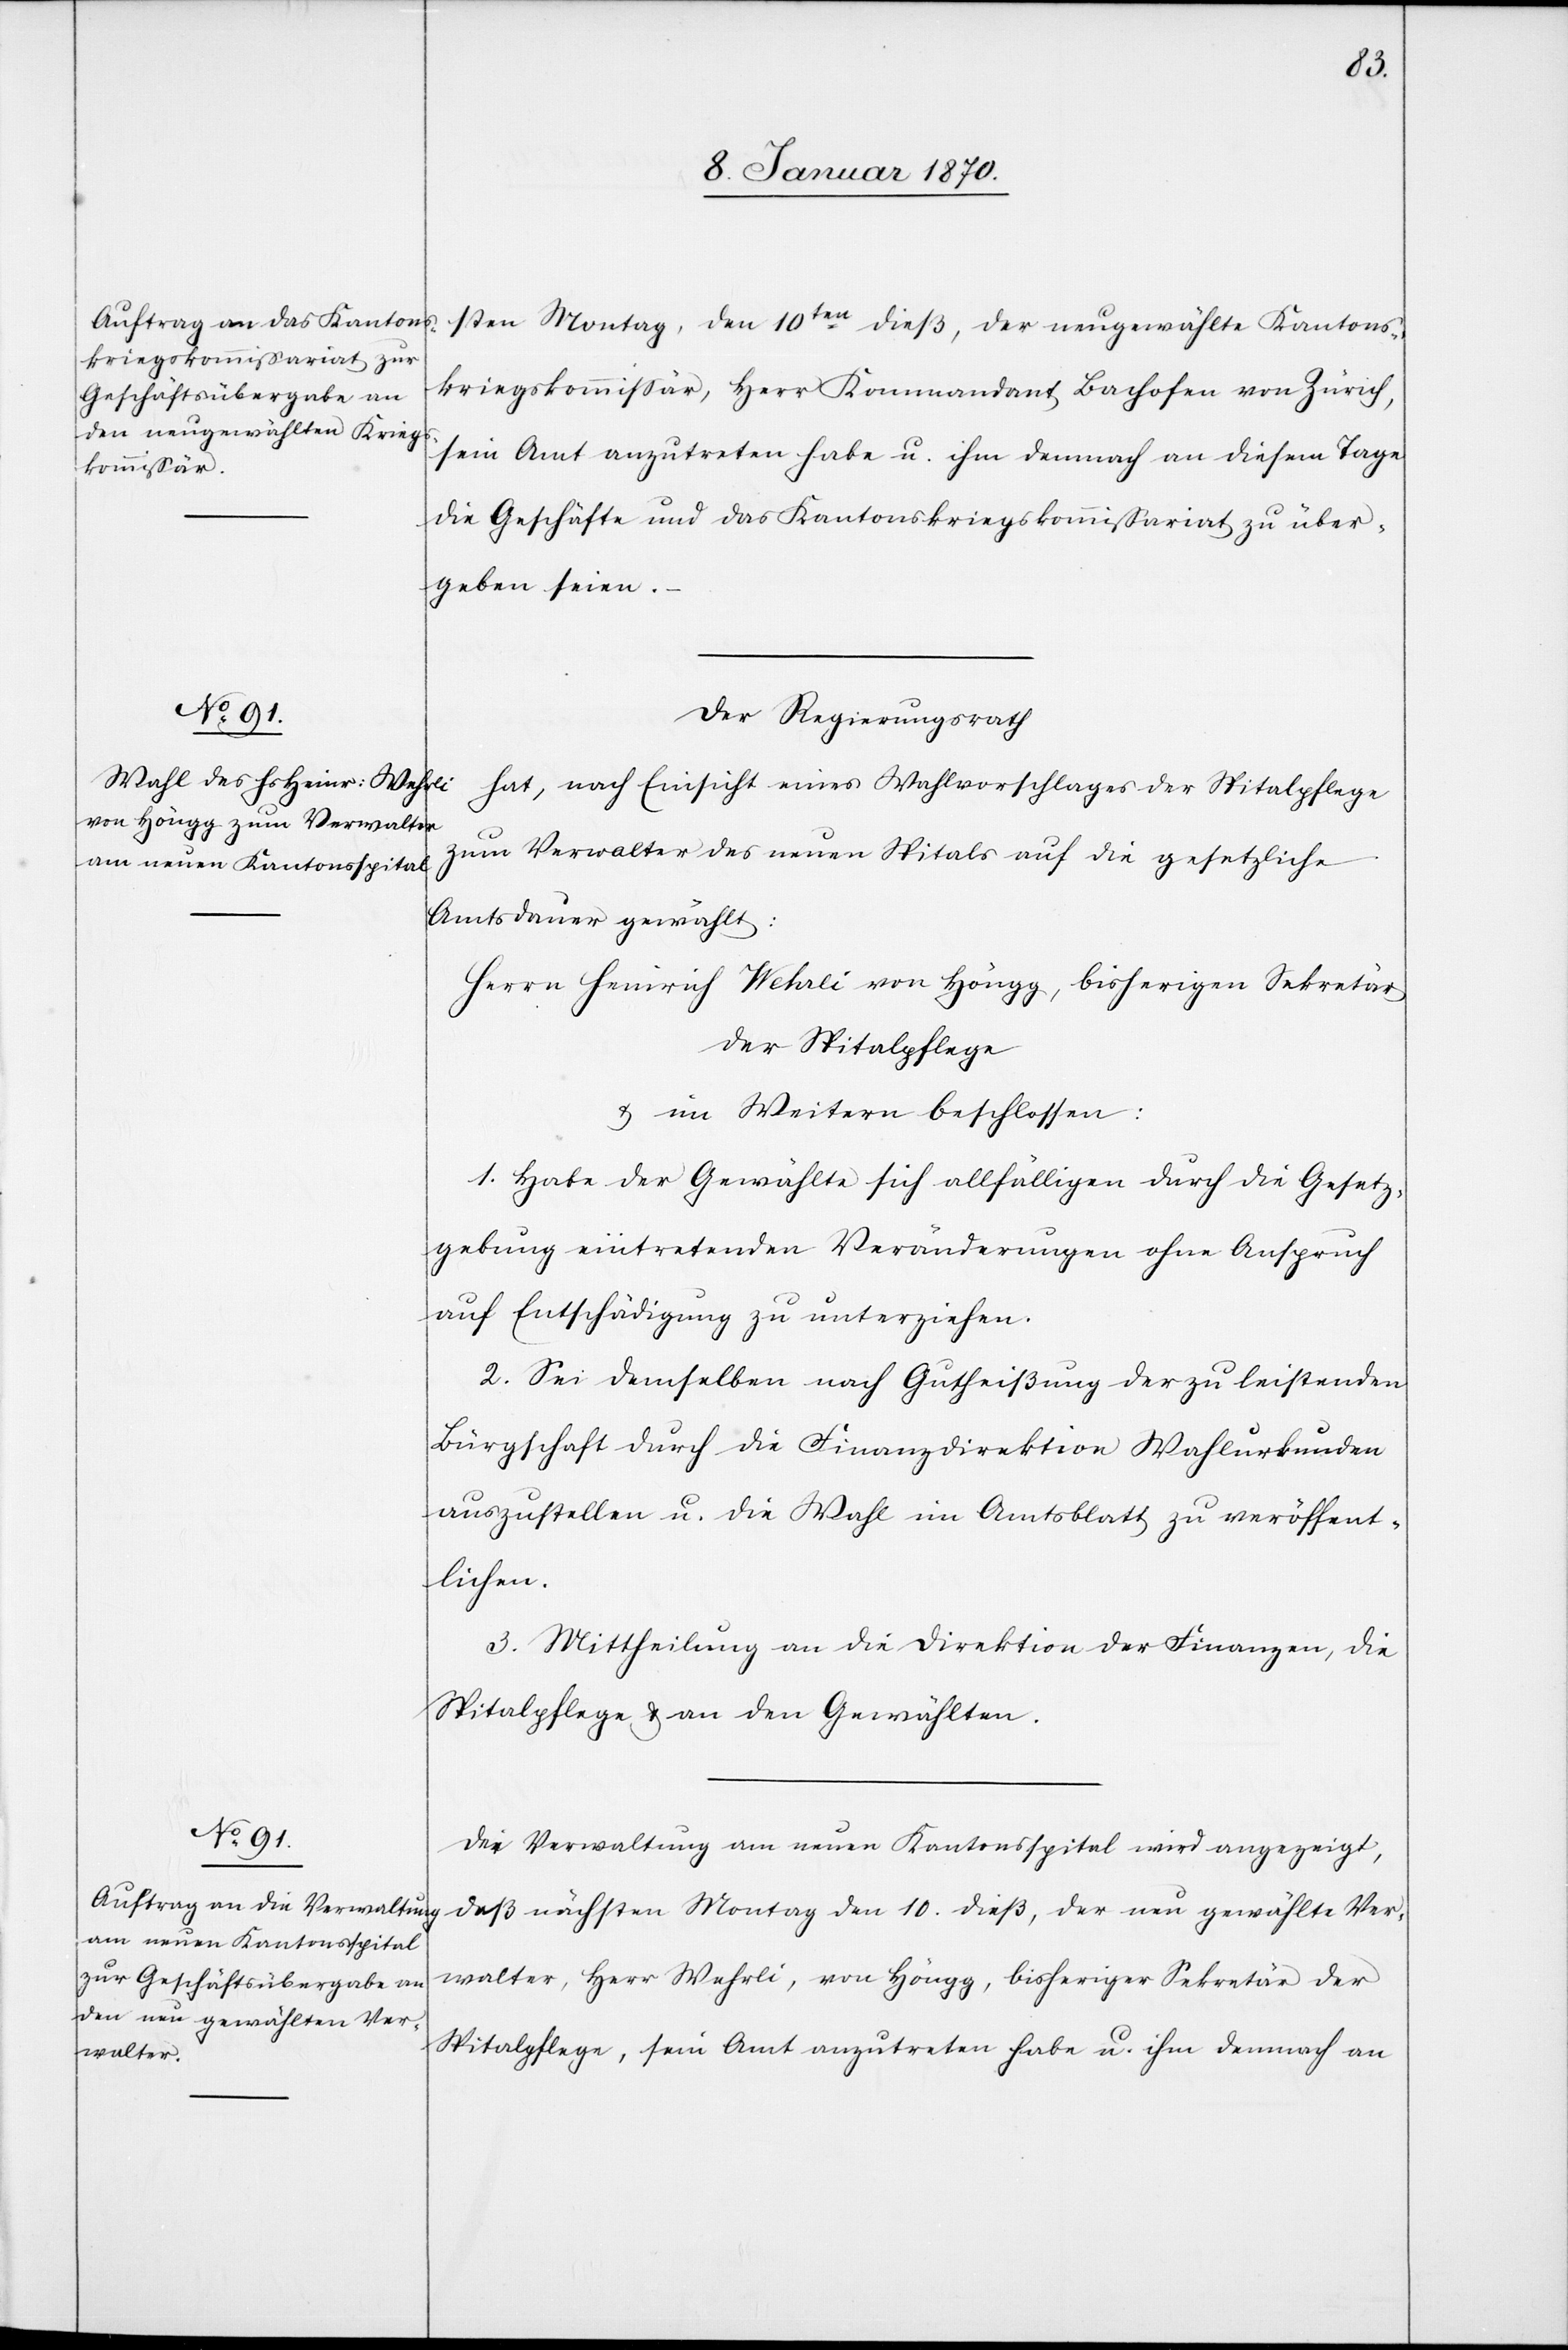
sten Montag, den 10ten dieß, der neugewählte Kantons¬
kriegskommissär, Herr Kommandant Bachofen von Zürich,
sein Amt anzutreten habe u. ihm demnach an diesem Tage
die Geschäfte und das Kantonskriegskommissariat zu über¬
geben seien.
Der Regierungsrath
hat, nach Einsicht eines Wahlvorschlages der Spitalpflege
zum Verwalter des neuen Spitals auf die gesetzliche
Amtsdauer gewählt:
Herrn Heinrich Wehrli von Höngg, bisherigen Sekretär
der Spitalpflege
u. im Weitern beschlossen:
1. Habe der Gewählte sich allfälligen durch die Gesetz¬
gebung eintretenden Veränderungen ohne Anspruch
auf Entschädigung zu unterziehen.
2. Sei demselben nach Gutheißung der zu leistenden
Bürgschaft durch die Finanzdirektion Wahlurkunden
auszustellen u. die Wahl im Amtsblatt zu veröffent¬
lichen.
3. Mittheilung an die Direktion der Finanzen, die
Spitalpflege u. an den Gewählten.
Der Verwaltung am neuen Kantonsspital wird angezeigt,
daß nächsten Montag den 10. dieß, der neu gewählte Ver¬
walter, Herr Wehrli, von Höngg, bisheriger Sekretär der
Spitalpflege, sein Amt anzutreten habe u., ihm demnach an